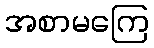
အစာမကြေ